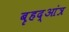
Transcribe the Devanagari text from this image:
बृहद्आंत्र